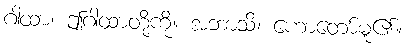
ဂါထာ၊ ဤဂါထာတို့ကို။ အဘာသိ၊ ဟောတော်မူ၏။